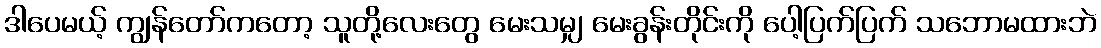
ဒါပေမယ့် ကျွန်တော်ကတော့ သူတို့လေးတွေ မေးသမျှ မေးခွန်းတိုင်းကို ပေါ့ပြက်ပြက် သဘောမထားဘဲ